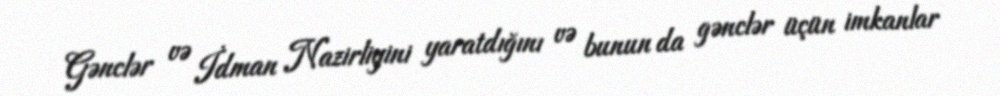
Gənclər və İdman Nazirliyini yaratdığını və bunun da gənclər üçün imkanlar